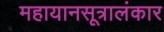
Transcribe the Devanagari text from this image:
महायानसूत्रालंकार